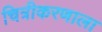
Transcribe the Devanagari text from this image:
चित्रीकरणाला